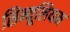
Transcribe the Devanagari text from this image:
सिम्यूलियम